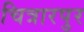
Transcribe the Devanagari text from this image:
चित्रारपुर